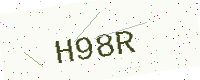
Text: H98R